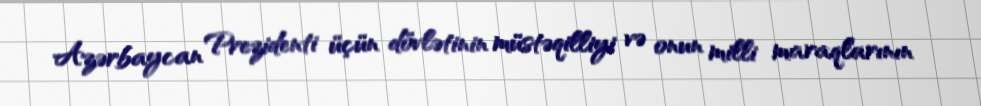
Azərbaycan Prezidenti üçün dövlətinin müstəqilliyi və onun milli maraqlarının